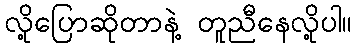
လို့ပြောဆိုတာနဲ့ တူညီနေလို့ပါ။